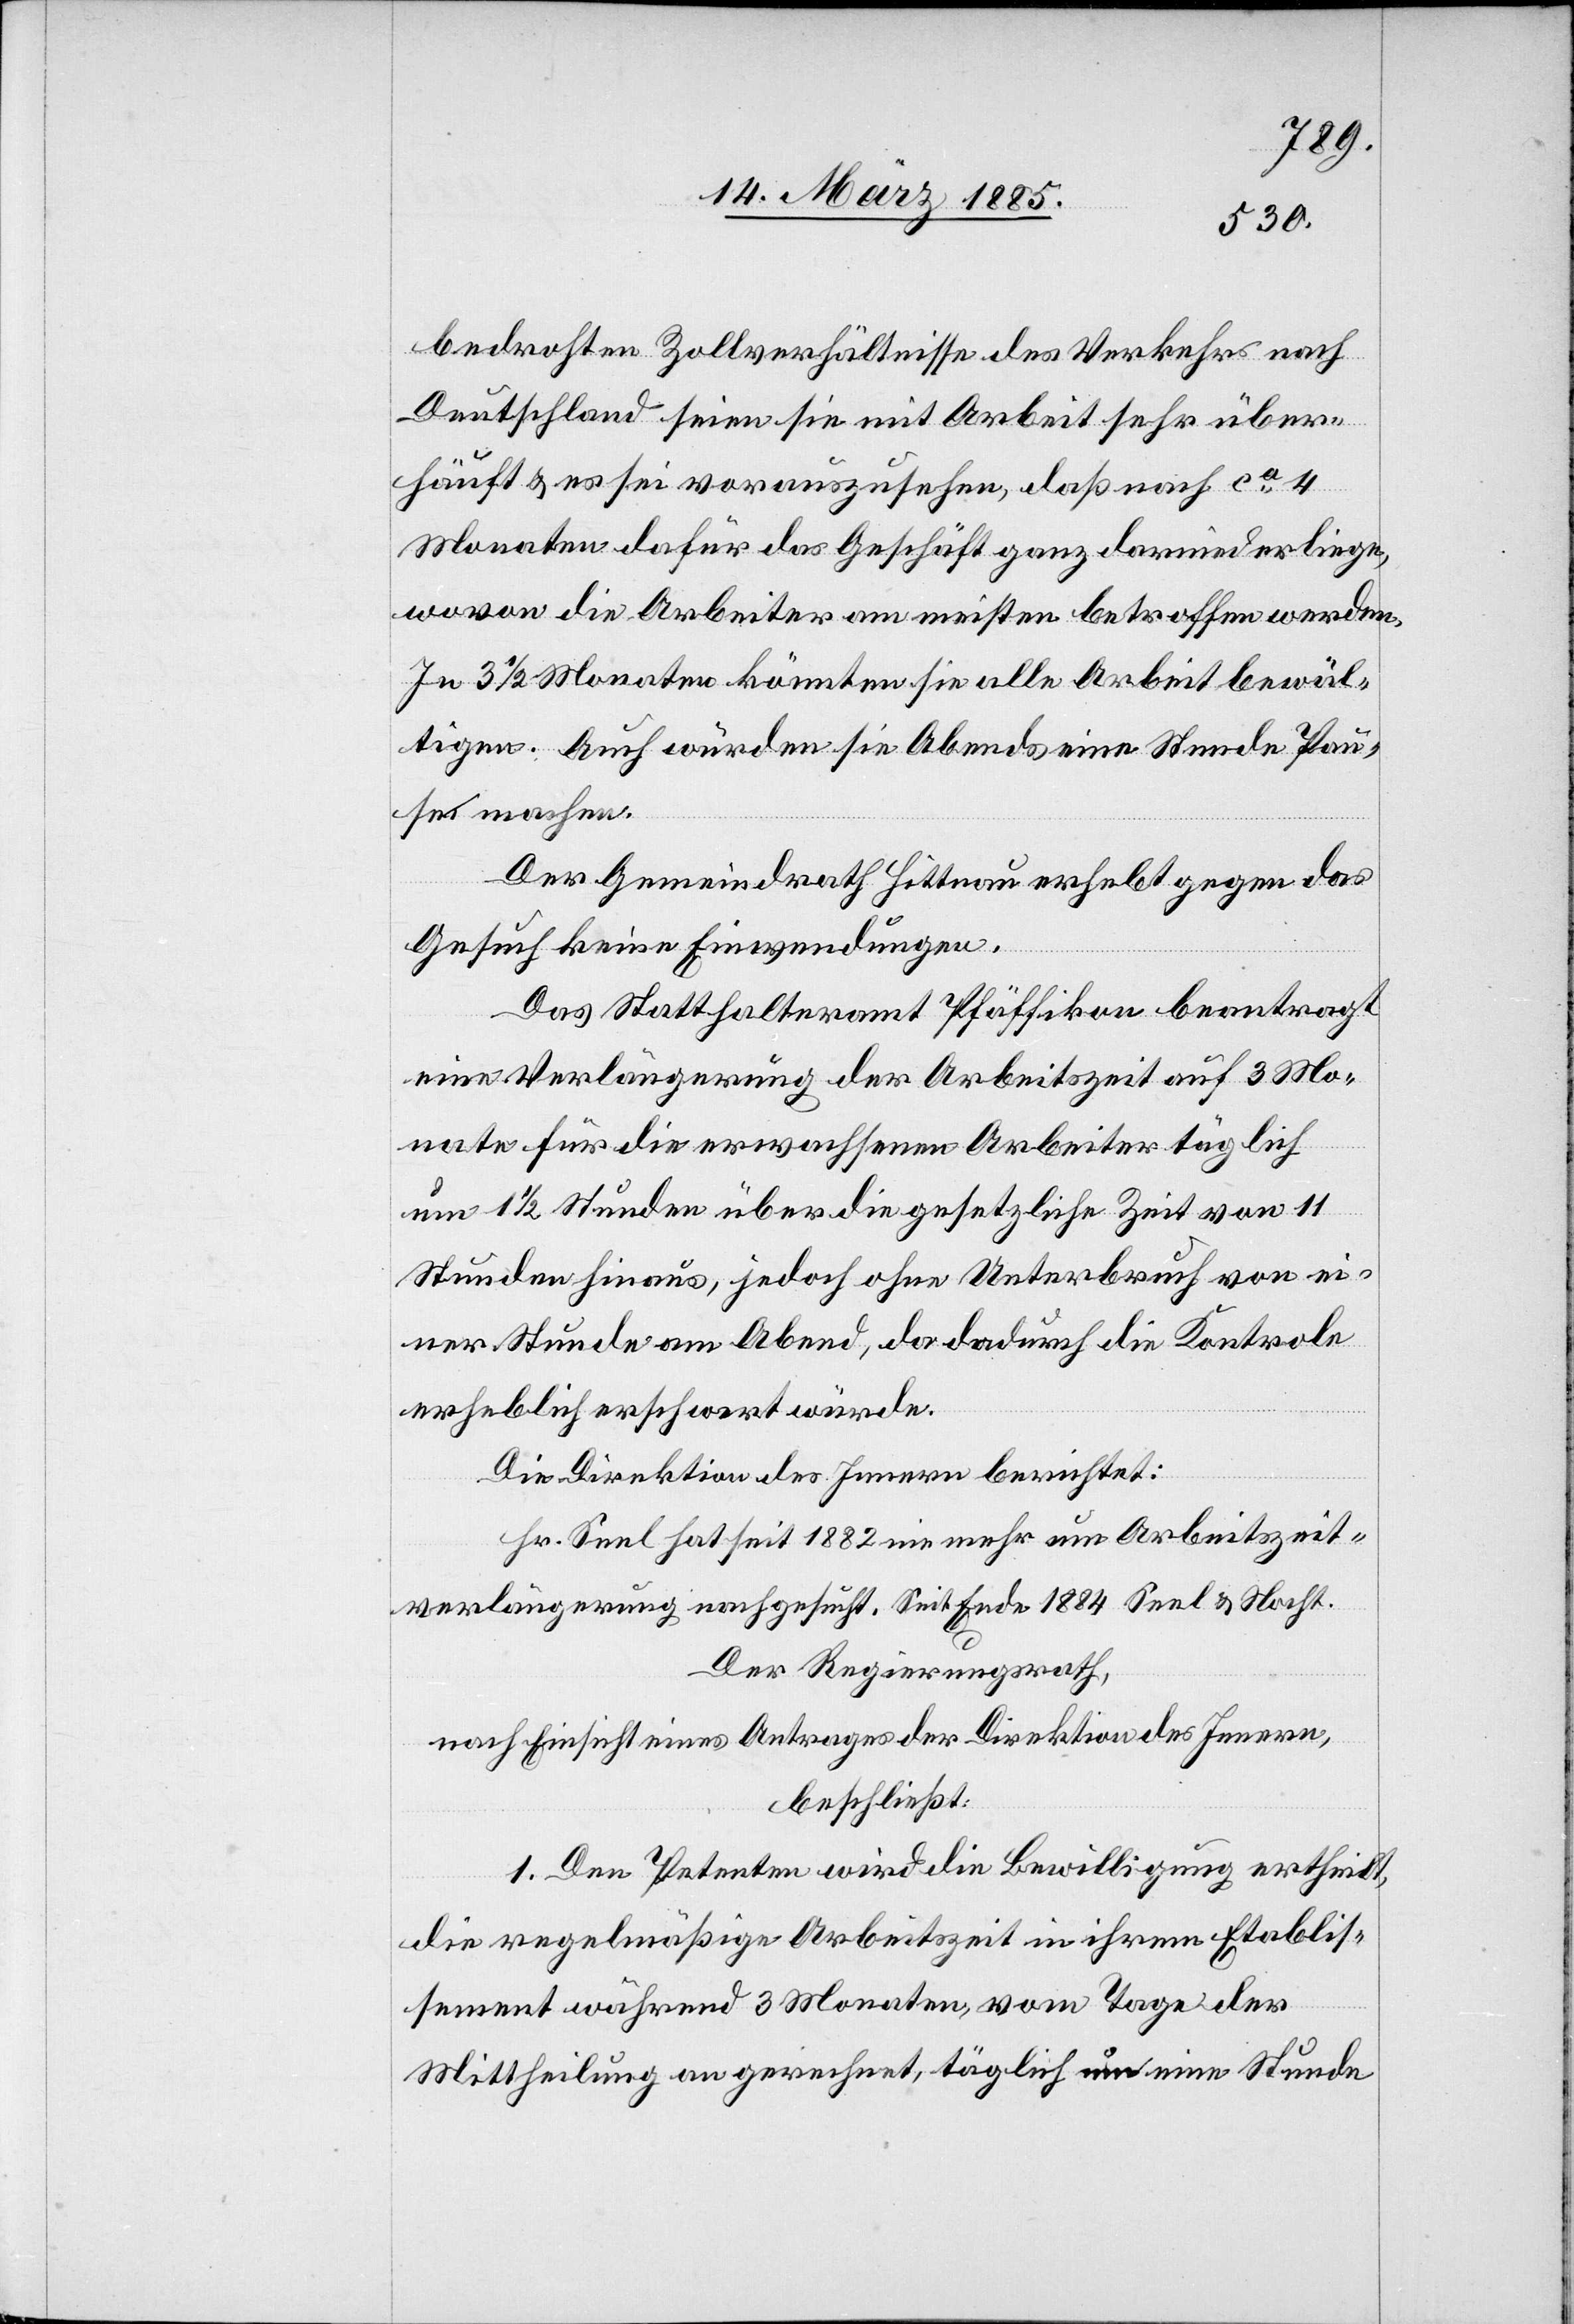
bedrohten Zollverhältnisse des Verkehrs nach
Deutschland seien sie mit Arbeit sehr über¬
häuft & es sei vorauszusehen, daß nach ca 4
Monaten dafür das Geschäft ganz darniederliege,
wovon die Arbeiter am meisten betroffen werden.
In 3 1/2 Monaten könnten sie alle Arbeit bewäl¬
tigen. Auch würden sie Abends eine Stunde Pau¬
se machen.
Der Gemeindrath Hittnau erhebt gegen das
Gesuch keine Einwendungen.
Das Statthalteramt Pfäffikon beantragt
eine Verlängerung der Arbeitszeit auf 3 Mo¬
nate für die erwachsenen Arbeiter täglich
um 1 1/2 Stunden über die gesetzliche Zeit von 11
Stunden hinaus, jedoch ohne Unterbruch von ei¬
ner Stunde am Abend, da dadurch die Kontole
erheblich erschwert würde.
Die Direktion des Innern berichtet:
Hr. Seel hat seit 1882 nie mehr um Arbeitszeit¬
verlängerung nachgesucht. Seit Ende 1884 Seel & Nocht.
Der Regierungsrath,
nach Einsicht eines Antrages der Direktion des Innern,
beschließt:
1. Den Petenten wird die Bewilligung ertheilt,
die regelmäßige Arbeitszeit in ihrem Etablis¬
sement während 3 Monaten, vom Tage der
Mittheilung an gerechnet, täglich um eine Stunde